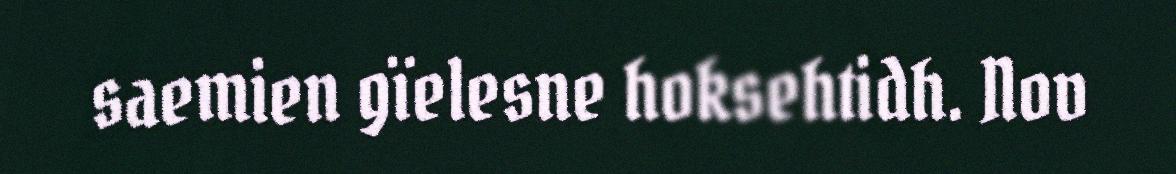
saemien gïelesne hoksehtidh. Nov